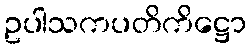
ဥပါသကပတိကိဋ္ဌော